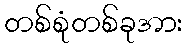
တစ်စုံတစ်ခုအား